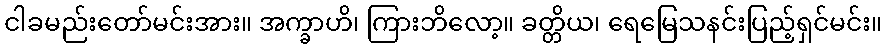
ငါခမည်းတော်မင်းအား။ အက္ခာဟိ၊ ကြားဘိလော့။ ခတ္တိယ၊ ရေမြေသနင်းပြည့်ရှင်မင်း။